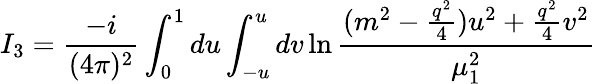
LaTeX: I_{3}=\frac{-i}{(4\pi)^{2}}\int_{0}^{1}du\int_{-u}^{u}dv\ln\frac{(m^{2}-\frac{q^{2}}{4})u^{2}+\frac{q^{2}}{4}v^{2}}{\mu_{1}^{2}}